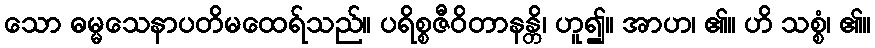
သော ဓမ္မသေနာပတိမထေရ်သည်။ ပရိစ္စဇီဝိတာနန္တိ၊ ဟူ၍။ အာဟ၊ ၏။ ဟိ သစ္စံ၊ ၏။